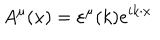
A ^ { \mu } ( x ) = \varepsilon ^ { \mu } ( k ) e ^ { i k \cdot x }